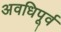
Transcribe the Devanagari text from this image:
अवधिपूर्व